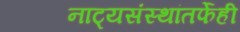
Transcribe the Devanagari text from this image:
नाट्यसंस्थांतर्फेही